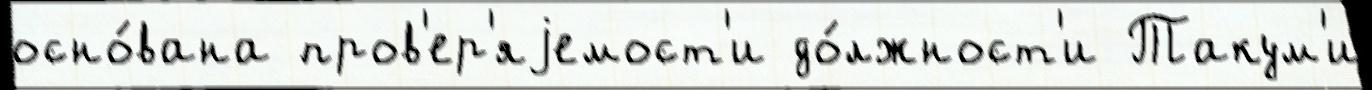
осно́вана пров'ер'яjемост'и до́лжност'и Такум'и